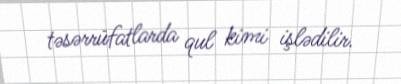
təsərrüfatlarda qul kimi işlədilir.